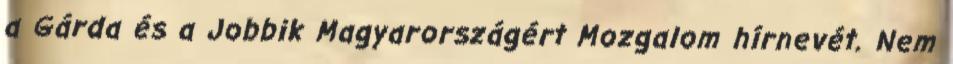
a Gárda és a Jobbik Magyarországért Mozgalom hírnevét. Nem